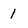
Character: 1